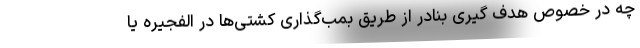
چه در خصوص هدف گیری بنادر از طریق بمب‌گذاری کشتی‌ها در الفجیره یا